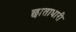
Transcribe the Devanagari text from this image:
छाताधारी